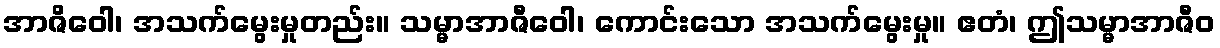
အာဇိဝေါ၊ အသက်မွေးမှုတည်း။ သမ္မာအာဇီဝေါ၊ ကောင်းသော အသက်မွေးမှု။ ဧတံ၊ ဤသမ္မာအာဇီဝ